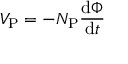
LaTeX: V _ { \mathrm { P } } = - N _ { \mathrm { P } } { \frac { \mathrm { d } \Phi } { \mathrm { d } t } }